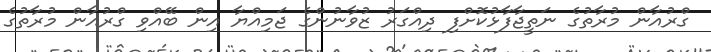
ގްރުއާން މުރާތުގެ ނަތީޖާފާޅުކޮށްފި ދިއްގަރު ޒުވާނުންގެ ޖަމިއްޔާ އިން ބޭއްވި ގްރުއާން މުރާތުގެ